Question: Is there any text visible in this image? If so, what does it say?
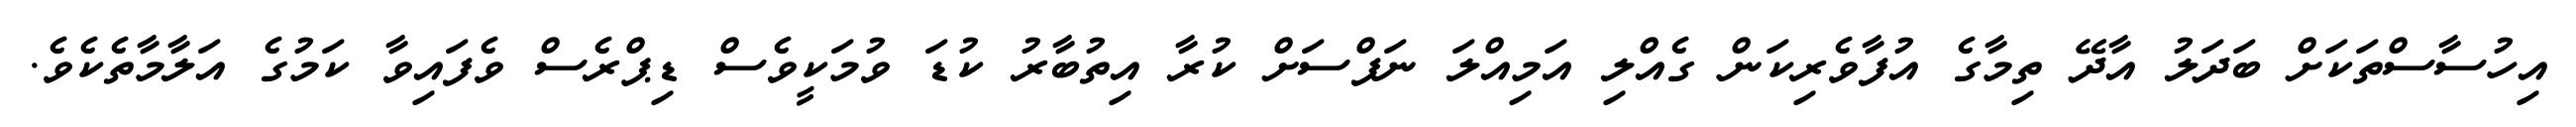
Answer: އިހުސާސްތަކަށް ބަދަލު އާދޭ ތިމާގެ އުފާވެރިކަން ގެއްލި އަމިއްލަ ނަފްސަށް ކުރާ އިތުބާރު ކުޑަ ވުމަކީވެސް ޑިޕްރެސް ވެފައިވާ ކަމުގެ އަލާމާތެކެވެ.